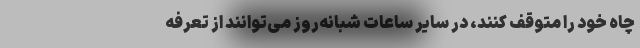
چاه خود را متوقف کنند، در سایر ساعات شبانه‌روز می‌توانند از تعرفه